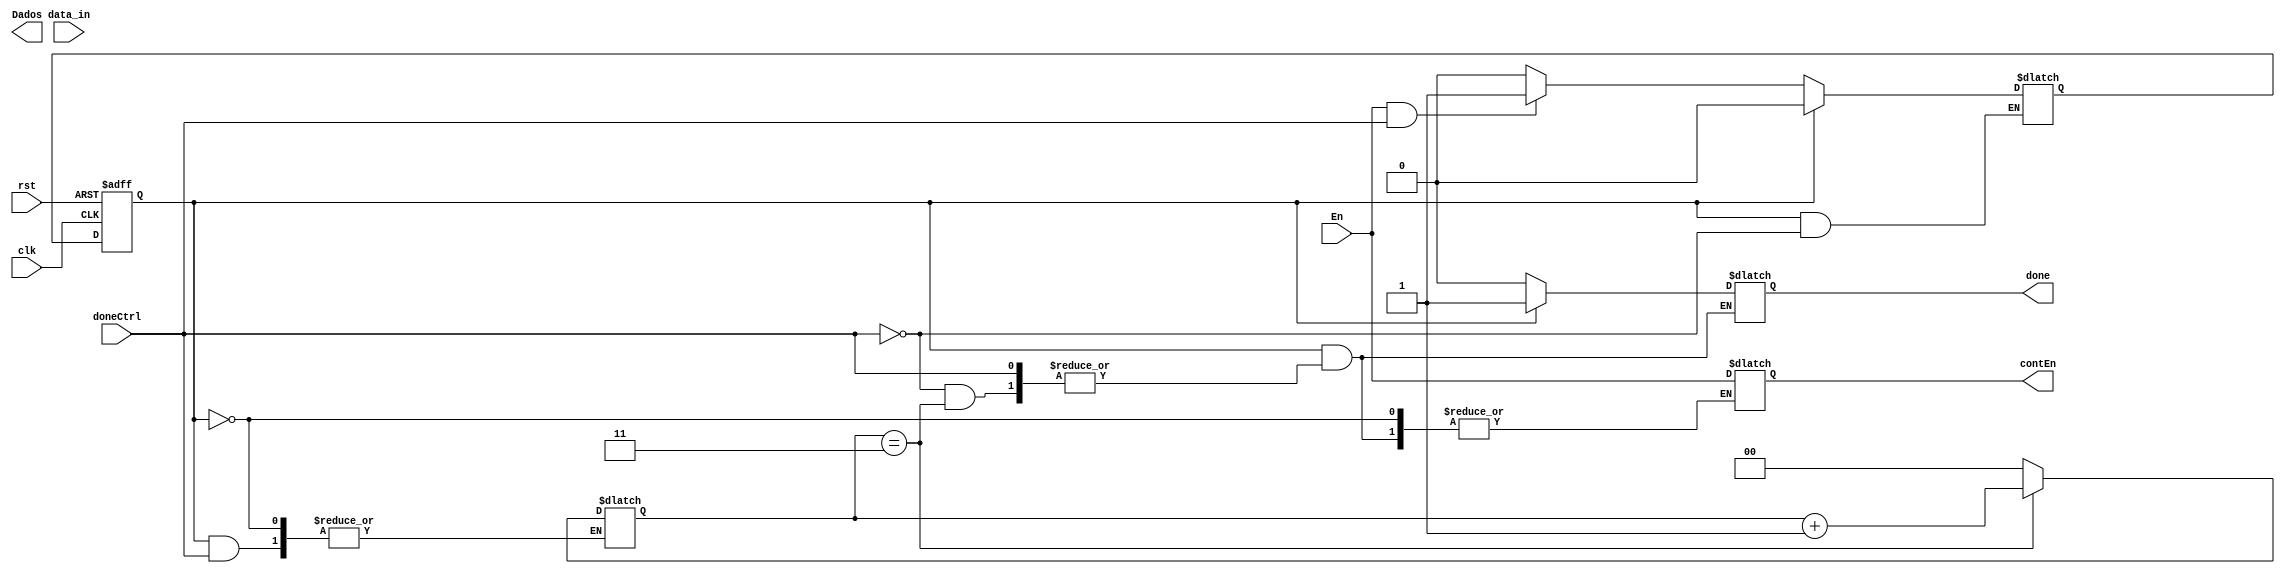
module leituraContinua(clk, rst, doneCtrl, data_in ,En, Dados, done, contEn);
	input clk, rst, En, doneCtrl;
	input  [7:0] data_in;
	output reg [7:0] Dados;
	output done, contEn;
	
	reg done = 1'b0; // variavel que identifica termino de envio
	reg contEn = 1'b0; // variavel de ativao do continuo 
	reg [7:0] buffer;
	
	//logica de mudana de estados
	parameter idle = 1'b0, loop = 1'b1;
	reg state, next;
	always @(posedge clk, negedge rst) begin
		if(!rst) state <= idle;
		else state <= next;
	end
	
	
	
	reg [1:0] countTime = 2'b00; // contador de segundos
	//divisor de frequencia para 1MHz para contar 4 segundos
	reg [5:0] contador_universal = 0;
	reg clk1_mhz;
	always @(posedge clk) begin 
		if (contador_universal < 50) begin
			contador_universal = contador_universal+1;
			clk1_mhz = 0;
		end
		else begin
			contador_universal = 0;
			clk1_mhz = 1;
		end
	end
	
	
	
	//Transio sensivel a mudana do enable e do fim do envio do modulo de controle
	always @(En, doneCtrl) begin
		case(state) 
			idle: begin
				if(En & doneCtrl) begin //As duas variaveis em nivel logico alto
					next <= loop; // mandam para o estado de envio continuo
					done <= 1'b0; // indica que esta enviando
				end
				else begin // se no fica no mesmo estado 
					next <= idle;
					done <= 1'b0;
				end
			end
			loop: begin
				if(!doneCtrl) begin //em processo de envio
					if(countTime == 2'b11) begin
						countTime <= countTime + 1'b1; // conta 4 segundos
					end
					else begin
						done <= 1'b1;
						contEn <= En;
						countTime <= 2'b00;
						buffer <= data_in; // envia os dados
					end
				end
				
				else begin
					next <= idle;
				end
			end
		endcase
	end




endmodule